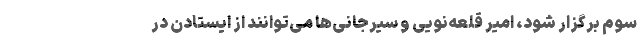
سوم برگزار شود، امیر قلعه‌نویی و سیرجانی‌ها می‌توانند از ایستادن در